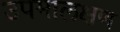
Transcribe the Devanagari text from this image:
उपमालक्षण